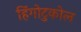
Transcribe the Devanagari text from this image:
हिंगोटुकोल